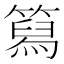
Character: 䉣